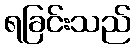
ရခြင်းသည်